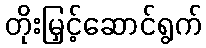
တိုးမြှင့်ဆောင်ရွက်